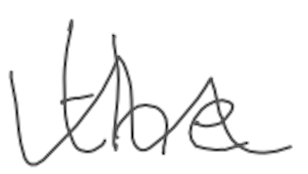
Text: the
Cross-out: wave
Writing tool: digital_gray